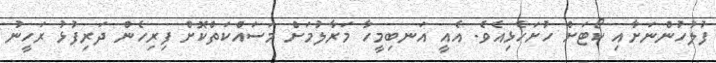
ފުލުހުންނަށާއި ކޯޓަށް ހުށަހެޅިއެވެ. އެއީ އަނބިމީހާ މަރާލުމަށް މަސައްކަތްކޮށް ފިރިހެން ދަރިފުޅު ރަހީނު